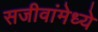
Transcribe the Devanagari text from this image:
सजीवांमेध्ये